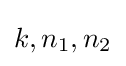
k,n_{1},n_{2}